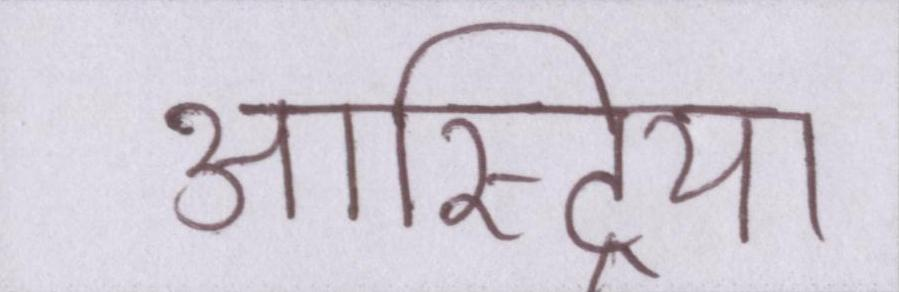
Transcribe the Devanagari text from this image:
आस्ट्रिया